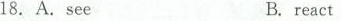
18. A.seeB.react